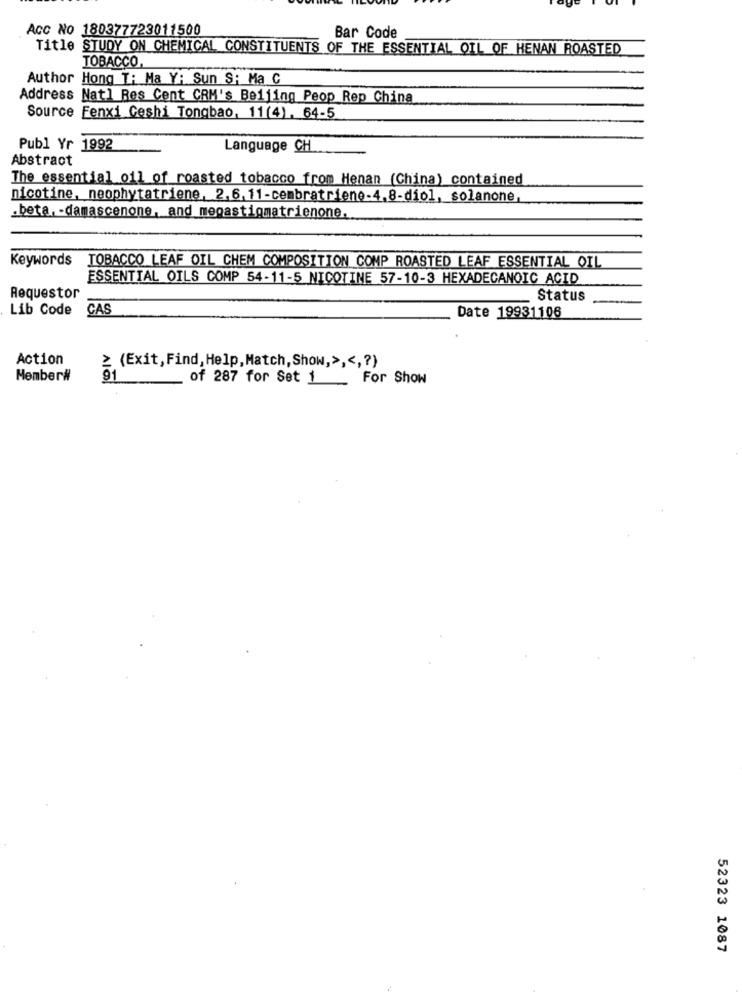
ACC No 180377723011500
Bar Code
Title STUDY ON CHEMICAL CONSTITUENTS OF THE ESSENTIAL OIL OF HENAN ROASTED
TOBACCO,
Author Hong T: Ma Y: Sun S: Ma C
Address Natl Res Cent CRM's Beijing Peop Rep China
Source Eenxi Ceshi Tongbao, 11(4). 64-5
Publ Yr 1992
Language CH
Abstract
The essential oil of roasted tobacco from Henan (China) contained
nicotine, neophytatriene, 2.6. 11-cembratriene-4.8-diol, solanone,
.beta. - damascenone, and megastigmatrienone.
Keywords
TOBACCO LEAF OIL CHEM COMPOSITION COMP ROASTED LEAF ESSENTIAL OIL
ESSENTIAL OILS COMP 54-11-5 NICOTINE 57-10-3 HEXADECANOIC ACID
Requestor
Status
Lib Code
CAS
Date 19931106
Action
≥ (Exit, Find, Help,Match, Show,> ,<,? )
Member#
91
of 287 for Set 1 _ For Show
52323 1087